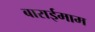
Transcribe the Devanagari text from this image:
बाराईमाम